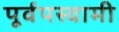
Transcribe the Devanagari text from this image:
पूर्वपस्वामी